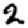
Digit: 2